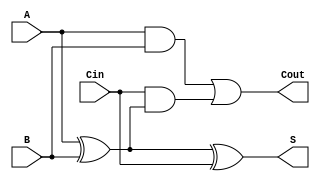
module full_adder (
    input wire A,      // First input bit
    input wire B,      // Second input bit
    input wire Cin,    // Carry-in bit
    output wire S,     // Sum output
    output wire Cout   // Carry-out output
);

// Internal signals
wire AxorB;          // Intermediate signal for A XOR B
wire AandB;          // Intermediate signal for A AND B
wire CinAndAxorB;    // Intermediate signal for Cin AND (A XOR B)

// Calculate Sum (S)
assign AxorB = A ^ B;                // A XOR B
assign S = AxorB ^ Cin;              // S = (A XOR B) XOR Cin

// Calculate Carry-out (Cout)
assign AandB = A & B;                // A AND B
assign CinAndAxorB = Cin & AxorB;    // Cin AND (A XOR B)
assign Cout = AandB | CinAndAxorB;   // Cout = (A AND B) OR (Cin AND (A XOR B))

endmodule